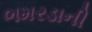
ભમરડાની